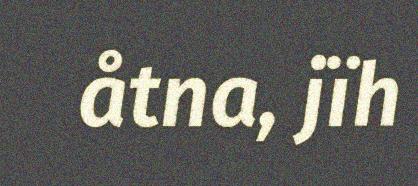
åtna, jïh